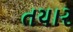
તયાર